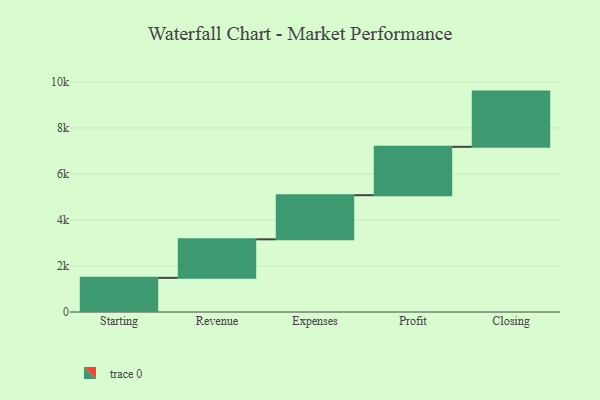
{"axis": {"x": "Step", "y": "Value"}, "legend": [""], "data": [{"x": "Starting", "y": 1484.0, "type": ""}, {"x": "Revenue", "y": 1675.0, "type": ""}, {"x": "Expenses", "y": 1917.0, "type": ""}, {"x": "Profit", "y": 2102.0, "type": ""}, {"x": "Closing", "y": 2400.0, "type": ""}]}